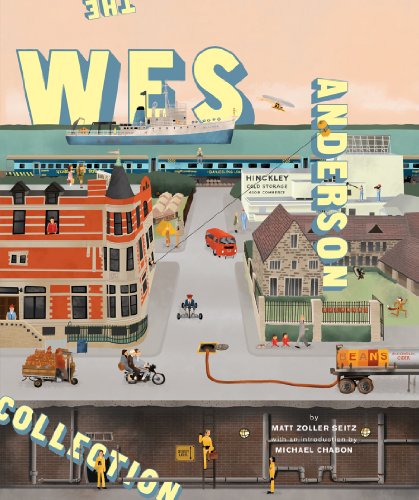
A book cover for The Wes Anderson Collection; Matt Zoller Seitz; Humor & Entertainment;